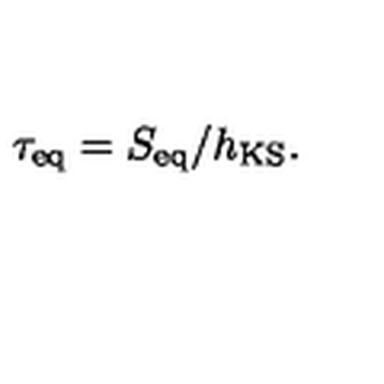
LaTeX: \tau _ { \mathrm { e q } } = S _ { \mathrm { e q } } / h _ { \mathrm { K S } } .